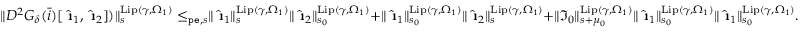
\begin{array} { r } { \rVert D ^ { 2 } G _ { \delta } ( \bar { i } ) [ \hat { \textbf { \i } } _ { 1 } , \hat { \textbf { \i } } _ { 2 } ] ) \rVert _ { s } ^ { \mathrm { L i p } ( \gamma , \Omega _ { 1 } ) } \le _ { \mathtt { p e } , s } \rVert \hat { \textbf { \i } } _ { 1 } \rVert _ { s } ^ { \mathrm { L i p } ( \gamma , \Omega _ { 1 } ) } \rVert \hat { \textbf { \i } } _ { 2 } \rVert _ { s _ { 0 } } ^ { \mathrm { L i p } ( \gamma , \Omega _ { 1 } ) } + \rVert \hat { \textbf { \i } } _ { 1 } \rVert _ { s _ { 0 } } ^ { \mathrm { L i p } ( \gamma , \Omega _ { 1 } ) } \rVert \hat { \textbf { \i } } _ { 2 } \rVert _ { s } ^ { \mathrm { L i p } ( \gamma , \Omega _ { 1 } ) } + \rVert \mathfrak { I } _ { 0 } \rVert _ { s + \mu _ { 0 } } ^ { \mathrm { L i p } ( \gamma , \Omega _ { 1 } ) } \rVert \hat { \textbf { \i } } _ { 1 } \rVert _ { s _ { 0 } } ^ { \mathrm { L i p } ( \gamma , \Omega _ { 1 } ) } \rVert \hat { \textbf { \i } } _ { 1 } \rVert _ { s _ { 0 } } ^ { \mathrm { L i p } ( \gamma , \Omega _ { 1 } ) } . } \end{array}